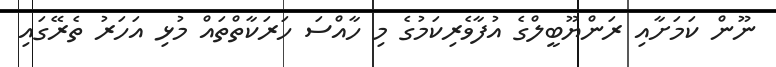
ނޫން ކަމަށާއި ރަންޔޫބީލްގެ އުފާވެރިކަމުގެ މި ހާއްސަ ހަރަކާތްތައް މުޅި އަހަރު ތެރޭގައި